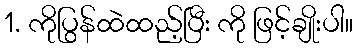
1. ကိုပြွန်ထဲထည့်ပြီး ကို ဖြင့်ချိုးပါ။